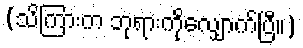
(သိကြားက ဘုရားကိုလျှောက်ပြီ။)